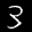
Label: 3